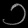
Digit: ၁